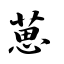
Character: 葸